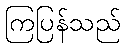
ကြပြန်သည်